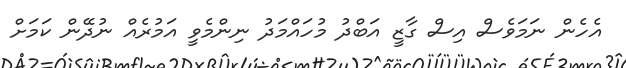
އެހެން ނަމަވެސް އިިސް ގާޒީ އަބްދު މުހައްމަދު ނިންމެވީ އަމުރެއް ނުދޭން ކަމަށް